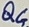
Text: Q4